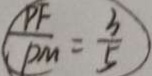
( \frac { P F } { P M } = \frac { 3 } { 5 } )